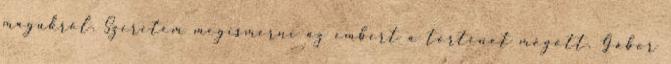
magukról. Szeretem megismerni az embert a történet mögött. Gábor